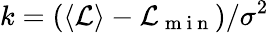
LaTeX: k=(\langle\mathcal{L}\rangle-\mathcal{L}_{\mathrm{~m~i~n~}})/\sigma^{2}